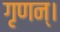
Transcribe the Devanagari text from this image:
गृणन्।